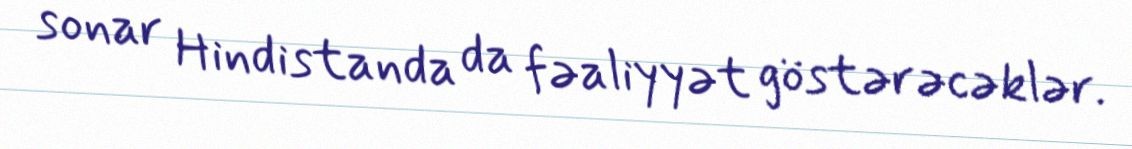
sonar Hindistanda da fəaliyyət göstərəcəklər.